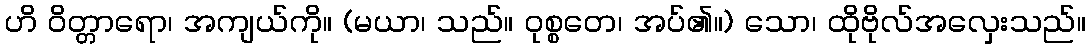
ဟိ ဝိတ္တာရော၊ အကျယ်ကို။ (မယာ၊ သည်။ ဝုစ္စတေ၊ အပ်၏။) သော၊ ထိုဗိုလ်အလှေးသည်။